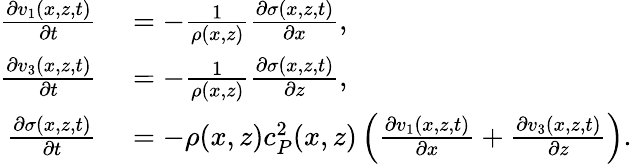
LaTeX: \begin{array}{rl}{\frac{\partial v_{1}(x,z,t)}{\partial t}}&{{}=-\frac{1}{\rho(x,z)}\frac{\partial\sigma(x,z,t)}{\partial x},}\\ {\frac{\partial v_{3}(x,z,t)}{\partial t}}&{{}=-\frac{1}{\rho(x,z)}\frac{\partial\sigma(x,z,t)}{\partial z},}\\ {\frac{\partial\sigma(x,z,t)}{\partial t}}&{{}=-\rho(x,z)c_{P}^{2}(x,z)\left(\frac{\partial v_{1}(x,z,t)}{\partial x}+\frac{\partial v_{3}(x,z,t)}{\partial z}\right).}\end{array}